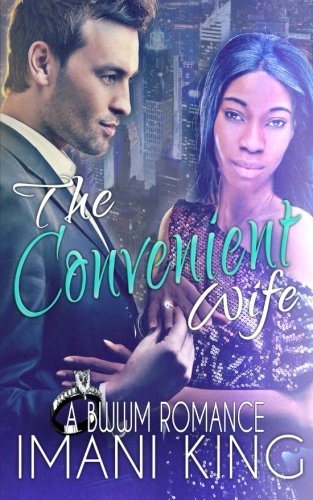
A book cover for The Convenient Wife: A BWWM Marriage of Convenience Romance; Imani King; Romance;